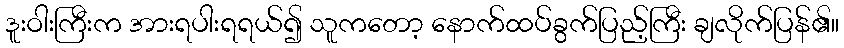
ဒူးဝါးကြီးက အားရပါးရရယ်၍ သူကတော့ နောက်ထပ်ခွက်ပြည့်ကြီး ချလိုက်ပြန်၏။